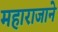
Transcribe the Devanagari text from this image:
महाराजाने